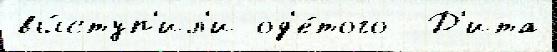
вы́ступ'ил'и од'е́того  Д'ита